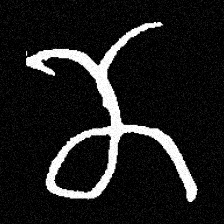
Pyu character \u2014 Myanmar letter: ဏ (romanized: nna)